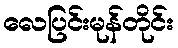
လေပြင်းမုန်တိုင်း